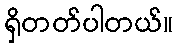
ရှိတတ်ပါတယ်။